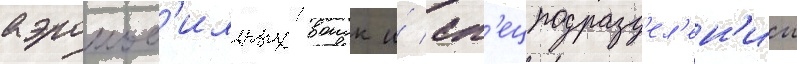
аэромоб'ильных воиск и́ сп'ецподразд'ел'ен'ии